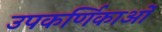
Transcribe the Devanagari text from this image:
उपकर्णिकाओं